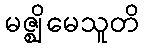
မဇ္ဈိမေသူတိ